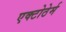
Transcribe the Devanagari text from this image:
एक्टोठेर्म